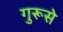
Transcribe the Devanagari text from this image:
गुरूसे